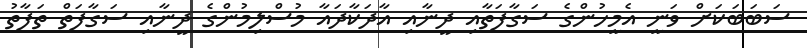
ސަބަބަކަށް ވަނީ އެމީހުންގެ ސަގާފަތާއި ދީނާއި އާދަކާދައާ މުސްލިމުންގެ ދީނާއި ސަގާފަތް ތަފާތު